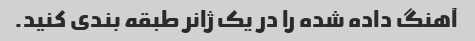
آهنگ داده شده را در یک ژانر طبقه بندی کنید.